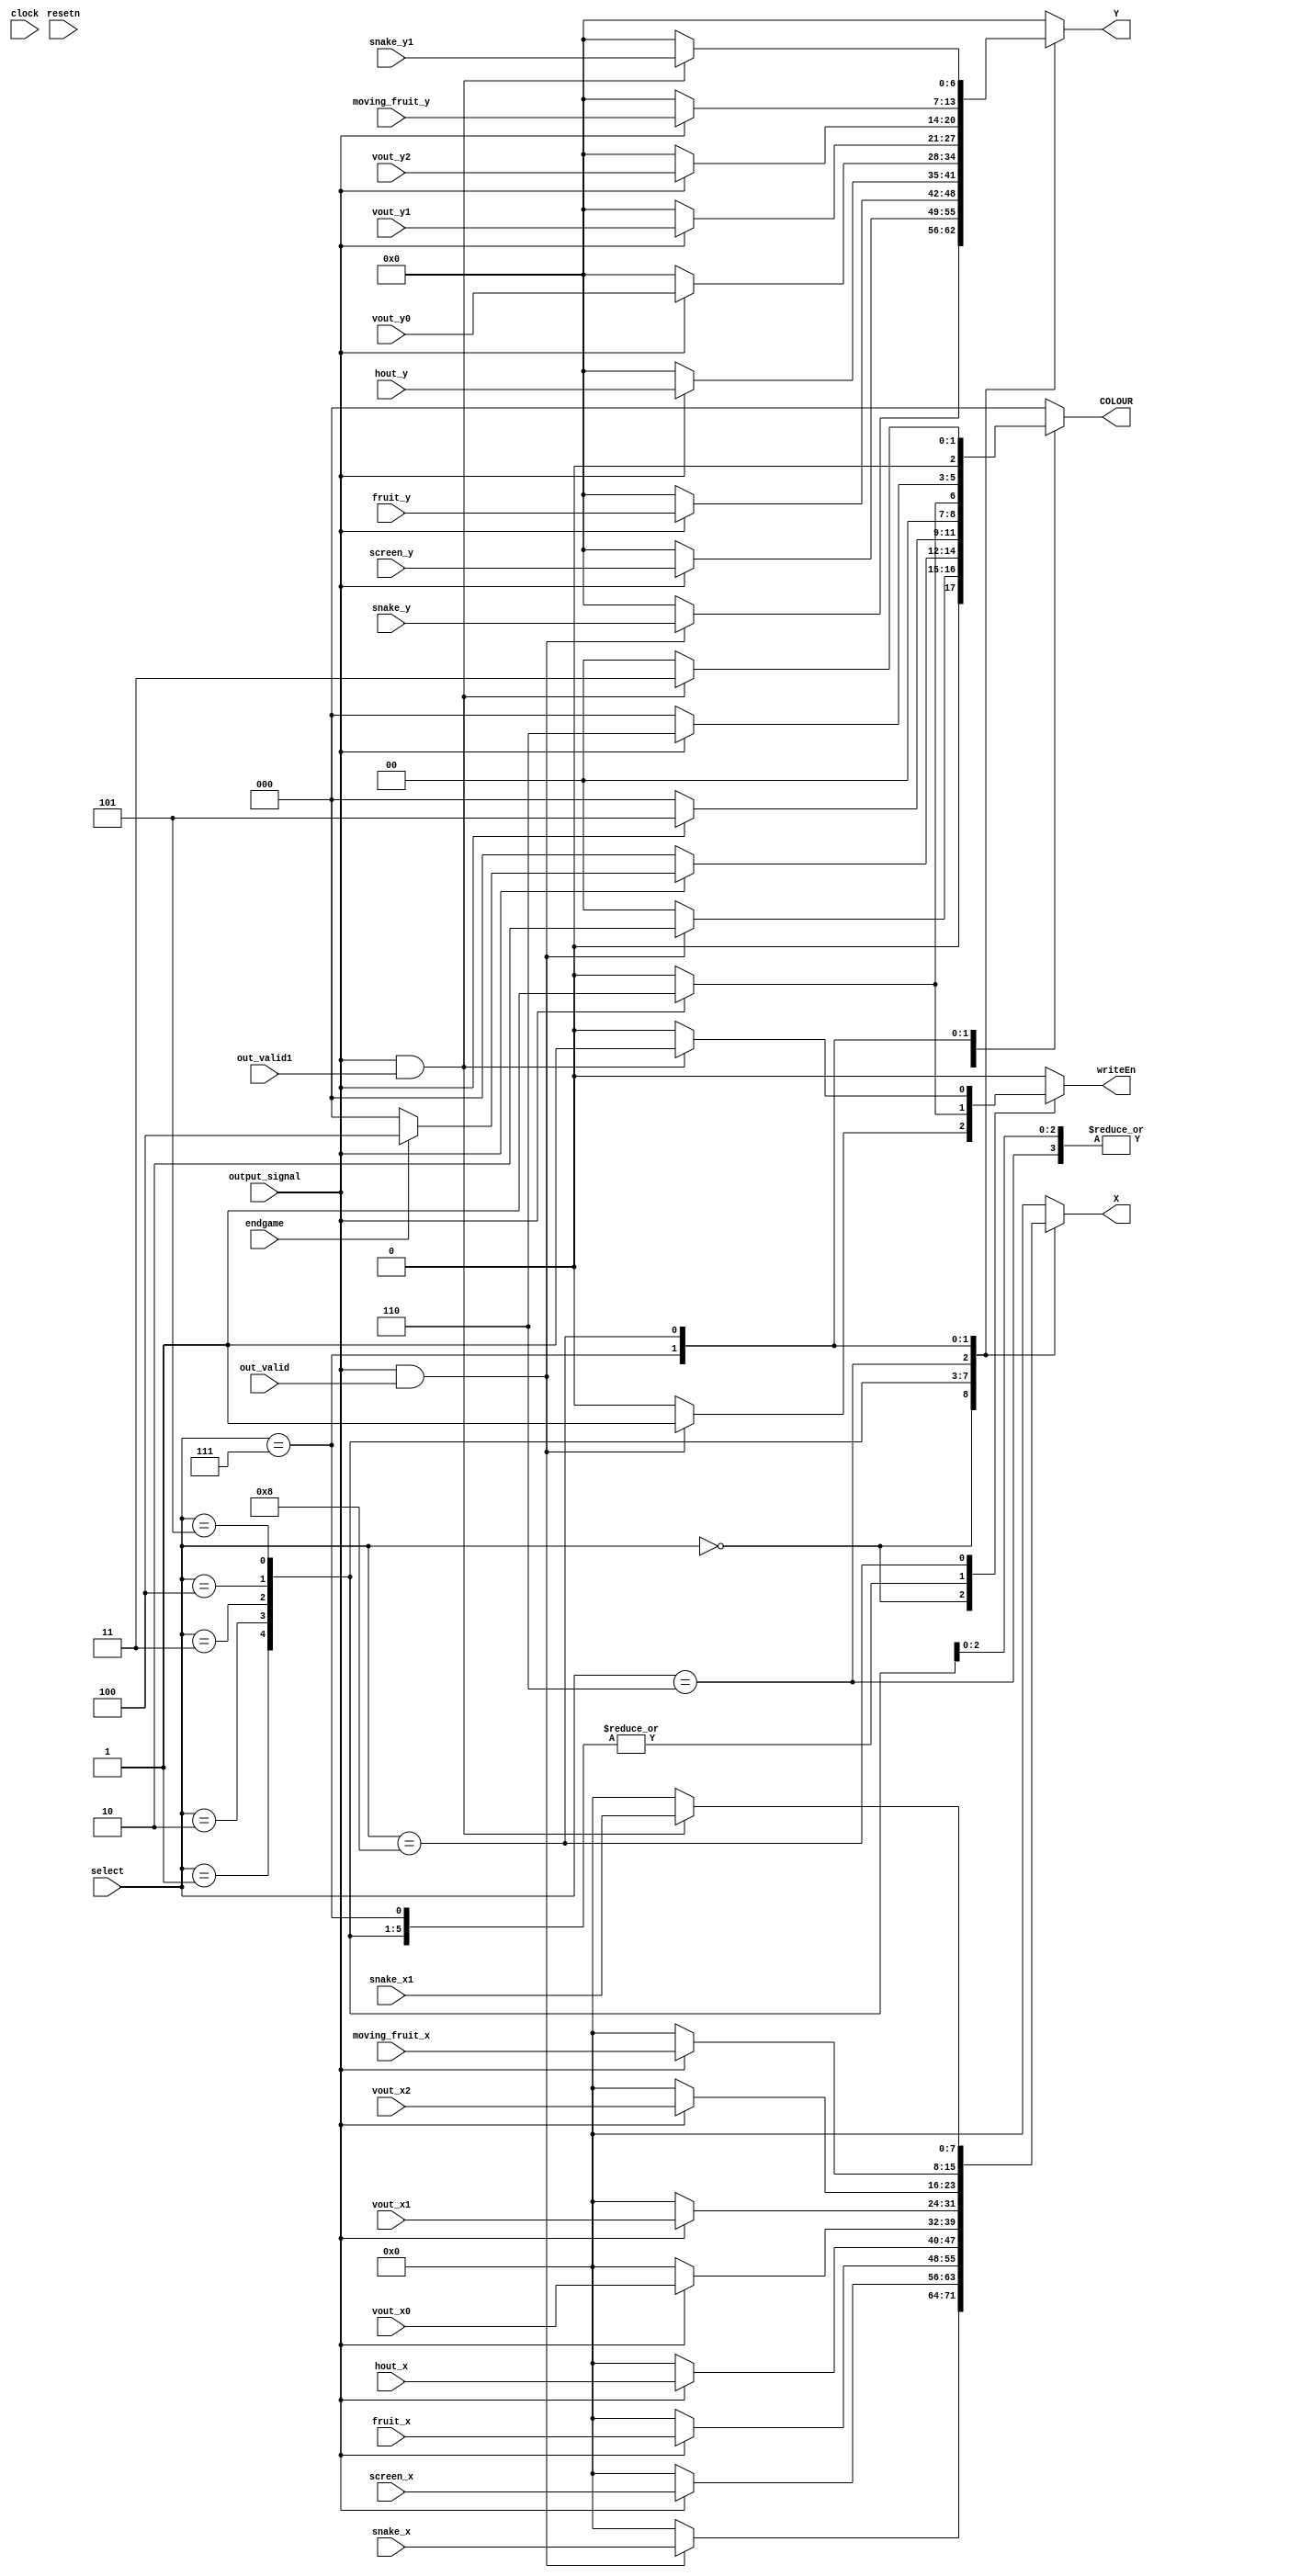
module datapath(
    input clock,
    input resetn,
    input [7:0] snake_x,
	 input [6:0] snake_y,
	 input [7:0] snake_x1,
	 input [6:0] snake_y1,
	 input [7:0] screen_x,
	 input [6:0] screen_y,
	 input [7:0] fruit_x,
	 input [6:0] fruit_y,
	 input [7:0] moving_fruit_x,
	 input [6:0] moving_fruit_y,
	 input [7:0] hout_x,
	 input [6:0] hout_y,
	 input [7:0] vout_x0,
	 input [6:0] vout_y0,
	 input [7:0] vout_x1,
	 input [6:0] vout_y1,
	 input [7:0] vout_x2,
	 input [6:0] vout_y2,
	 input output_signal,
	 input [3:0] select,
	 input endgame,
	 input out_valid,
	 input out_valid1,
	 
    output reg [7:0] X,
	 output reg [6:0] Y,
	 output reg [2:0] COLOUR,
	 output reg writeEn
    );
	     	 
		
	 always @(*)
	 begin
		case (select)
			0:
			begin 
				if (output_signal & out_valid)
				begin
					X = snake_x;
					Y = snake_y;
					COLOUR = 3'b010;
					writeEn = 1;
				end
				else
				begin
					X = 0;
					Y = 0;
					writeEn = 0;
					COLOUR = 3'b000;
				end
			end
			1:
			begin 
				if (output_signal)
				begin
					X = screen_x;
					Y = screen_y;
					if(endgame)
						COLOUR = 3'b100;
					else
						COLOUR = 3'b000;
					writeEn = 1;
				end
				else
				begin
					X = 0;
					Y = 0;
					writeEn = 0;
					COLOUR = 3'b000;
				end
			end
			2:
			begin
				if(output_signal)
				begin
					X = fruit_x;
					Y = fruit_y;
					COLOUR = 3'b101;
					writeEn = 1;
				end
				else
				begin
					X = 0;
					Y = 0;
					writeEn = 0;
					COLOUR = 3'b000;
				end
			end
			3:
			begin
				if(output_signal)
				begin
					X = hout_x;
					Y = hout_y;
					COLOUR = 3'b001;
					writeEn = 1;
				end
				else
				begin
					X = 0;
					Y = 0;
					writeEn = 0;
					COLOUR = 3'b000;
				end
			end
			4:
			begin
				if(output_signal)
				begin
					X = vout_x0;
					Y = vout_y0;
					COLOUR = 3'b001;
					writeEn = 1;
				end
				else
				begin
					X = 0;
					Y = 0;
					writeEn = 0;
					COLOUR = 3'b000;
				end
			end
			5:
			begin
				if(output_signal)
				begin
					X = vout_x1;
					Y = vout_y1;
					COLOUR = 3'b001;
					writeEn = 1;
				end
				else
				begin
					X = 0;
					Y = 0;
					writeEn = 0;
					COLOUR = 3'b000;
				end
			end
			6:
			begin
				if(output_signal)
				begin
					X = vout_x2;
					Y = vout_y2;
					COLOUR = 3'b001;
					writeEn = 1;
				end
				else
				begin
					X = 0;
					Y = 0;
					writeEn = 0;
					COLOUR = 3'b000;
				end
			end
			7:
			begin
				if(output_signal)
				begin
					X = moving_fruit_x;
					Y = moving_fruit_y;
					COLOUR = 3'b110;
					writeEn = 1;
				end
				else
				begin
					X = 0;
					Y = 0;
					writeEn = 0;
					COLOUR = 3'b000;
				end
			end
			8:
			begin 
				if (output_signal & out_valid1)
				begin
					X = snake_x1;
					Y = snake_y1;
					COLOUR = 3'b011;
					writeEn = 1;
				end
				else
				begin
					X = 0;
					Y = 0;
					writeEn = 0;
					COLOUR = 3'b000;
				end
			end
			default: 
			begin
				X = 0;
				Y = 0;
				writeEn = 0;
				COLOUR = 3'b000;
			end
		endcase
	end
endmodule